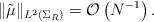
LaTeX: \begin{align*}\|\tilde{\mu}\|_{L^2(\Sigma_R)}= \mathcal{O} \left( N^{-1} \right).\end{align*}